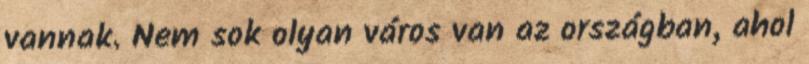
vannak. Nem sok olyan város van az országban, ahol